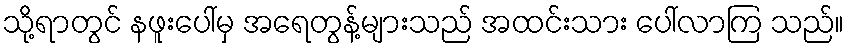
သို့ရာတွင် နဖူးပေါ်မှ အရေတွန့်များသည် အထင်းသား ပေါ်လာကြ သည်။